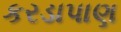
કરડાપાણ